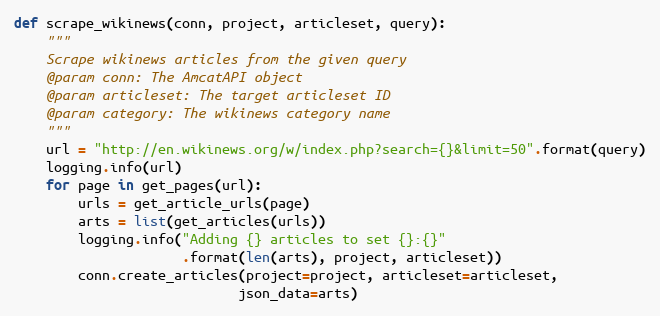
Language: Python
def scrape_wikinews(conn, project, articleset, query):
    """
    Scrape wikinews articles from the given query
    @param conn: The AmcatAPI object
    @param articleset: The target articleset ID
    @param category: The wikinews category name
    """
    url = "http://en.wikinews.org/w/index.php?search={}&limit=50".format(query)
    logging.info(url)
    for page in get_pages(url):
        urls = get_article_urls(page)
        arts = list(get_articles(urls))
        logging.info("Adding {} articles to set {}:{}"
                     .format(len(arts), project, articleset))
        conn.create_articles(project=project, articleset=articleset,
                            json_data=arts)